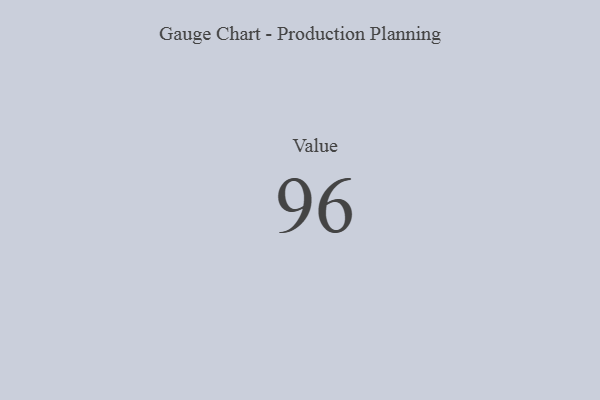
{"axis": {"x": "Metric", "y": "Value"}, "legend": [""], "data": [{"x": "Value", "y": 96, "type": ""}]}